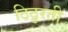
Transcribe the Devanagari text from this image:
ठिठुरती